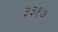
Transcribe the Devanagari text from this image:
३३१७